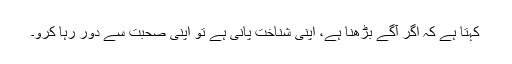
کہتا ہے کہ اگر آگے بڑھنا ہے، اپنی شناخت پانی ہے تو اپنی صحبت سے دور رہا کرو۔